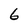
Character: 6